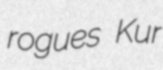
rogues Kur